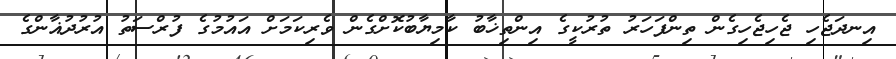
އިނދަޖެހި ޖެހިޖެހިގެން ތިންފަހަރު ތުރުކީގެ އިންތިޚާބު ކާމިޔާބުކޮށްގެން ވެރިކަމަށް އައުމުގެ ފުރްސަތު އުރުދުޣާންގެ